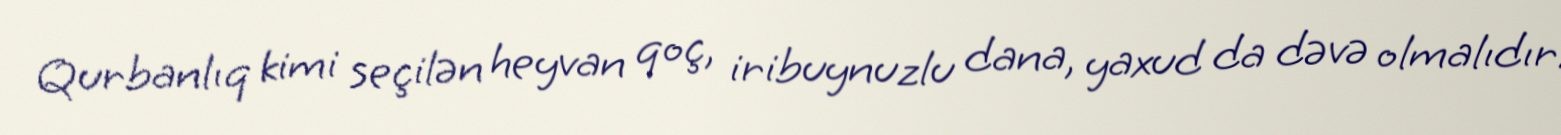
Qurbanlıq kimi seçilən heyvan qoç, iribuynuzlu dana, yaxud da dəvə olmalıdır.